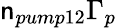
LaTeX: \mathsf{n}_{pump12}\Gamma_{p}